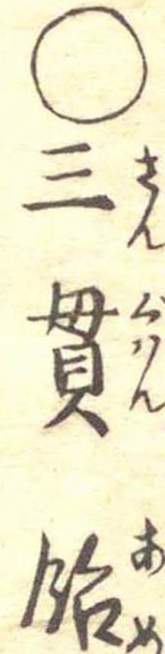
○三貫飴